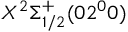
X ^ { 2 } \Sigma _ { 1 / 2 } ^ { + } ( 0 2 ^ { 0 } 0 )